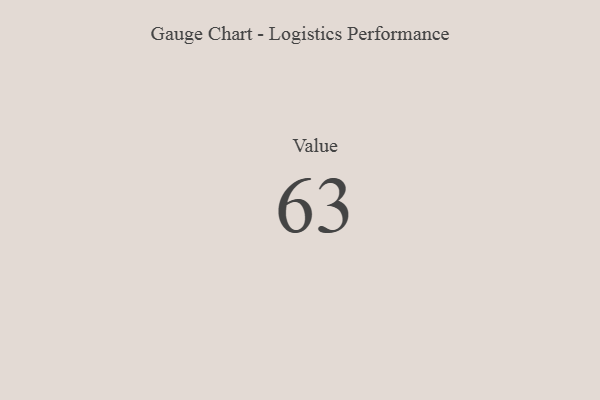
{"axis": {"x": "Metric", "y": "Value"}, "legend": [""], "data": [{"x": "Value", "y": 63, "type": ""}]}